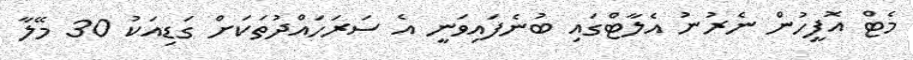
މެޓް އޮފީހުން ނެރުނު އެލާޓްގައި ބުނެފައިވަނީ އެ ސަރަހައްދުތަކަށް ގަޑިއަކު 30 މޭލާ